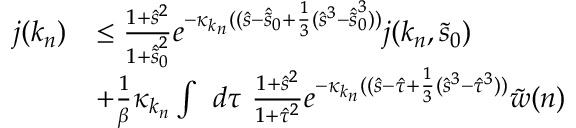
\begin{array} { r l } { j ( k _ { n } ) } & { \le \frac { 1 + \hat { s } ^ { 2 } } { 1 + \hat { \tilde { s } } _ { 0 } ^ { 2 } } e ^ { - \kappa _ { k _ { n } } ( ( \hat { s } - \hat { \tilde { s } } _ { 0 } + \frac 1 3 ( \hat { s } ^ { 3 } - \hat { \tilde { s } } _ { 0 } ^ { 3 } ) ) } j ( k _ { n } , \tilde { s } _ { 0 } ) } \\ & { + \frac 1 \beta \kappa _ { k _ { n } } \int \ d \tau \ \frac { 1 + \hat { s } ^ { 2 } } { 1 + \hat { \tau } ^ { 2 } } e ^ { - \kappa _ { k _ { n } } ( ( \hat { s } - \hat { \tau } + \frac 1 3 ( \hat { s } ^ { 3 } - \hat { \tau } ^ { 3 } ) ) } \tilde { w } ( n ) } \end{array}